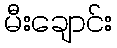
မီးချောင်း